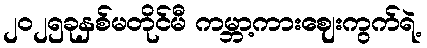
၂၀၂၅ခုနှစ်မတိုင်မီ ကမ္ဘာ့ကားဈေးကွက်ရဲ့